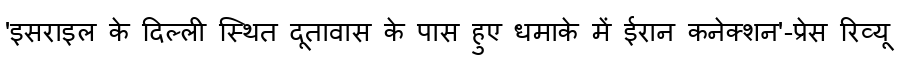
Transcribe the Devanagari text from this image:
'इसराइल के दिल्ली स्थित दूतावास के पास हुए धमाके में ईरान कनेक्शन'-प्रेस रिव्यू